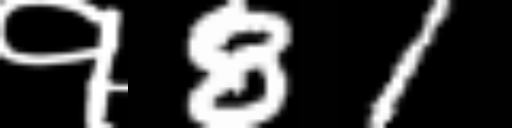
Text: १81